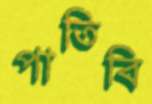
পাতিবি